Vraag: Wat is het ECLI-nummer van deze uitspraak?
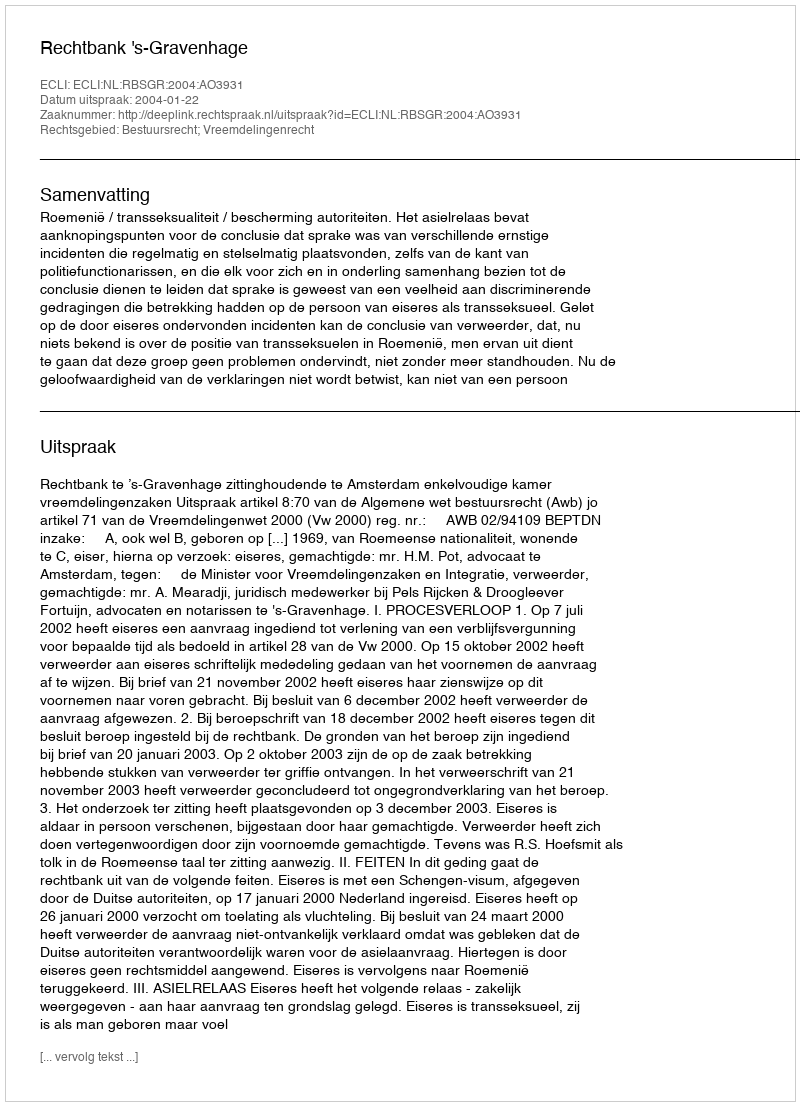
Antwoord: ECLI:NL:RBSGR:2004:AO3931